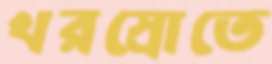
খরস্রোতে